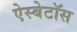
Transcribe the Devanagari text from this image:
ऐस्बेटॉस